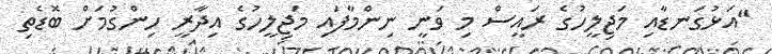
"އަޅުގަނޑާއި މަޖިލީހުގެ ރައީސް މި ވަނީ ނިންމާފައި މަޖިލީހުގެ އިދާރީ ހިންގުމަށް ބޮޑެތި